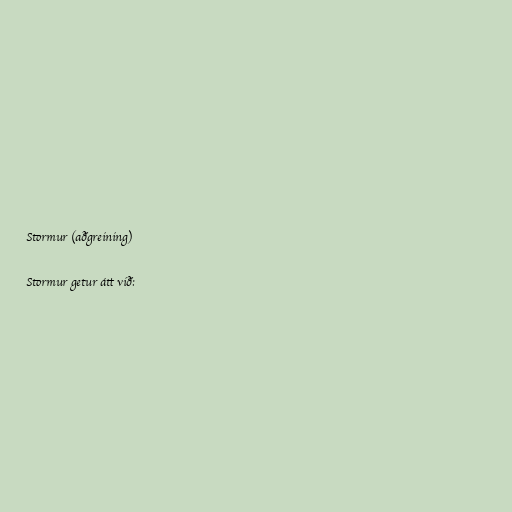
Stormur (aðgreining)

Stormur getur átt við: